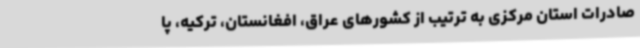
صادرات استان مرکزی به ترتیب از کشورهای عراق، افغانستان، ترکیه، پا